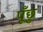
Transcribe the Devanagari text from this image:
पूँछु